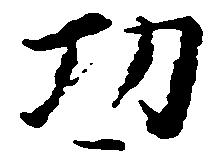
功